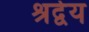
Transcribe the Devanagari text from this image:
श्रद्वेय